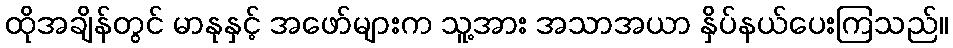
ထိုအချိန်တွင် မာနုနှင့် အဖော်များက သူ့အား အသာအယာ နှိပ်နယ်ပေးကြသည်။